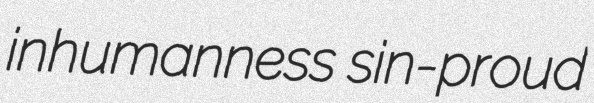
inhumanness sin-proud